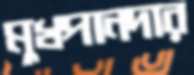
মুখপানদার